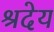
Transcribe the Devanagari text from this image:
श्रदेय